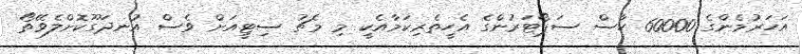
އަހަރުމެންގެ 60000 ހާސް ސަޕޯޓަރުންގެ އެހީތެރިކަމާއެކީ މި މެޗު ސިޓީއަށް ވެސް އުނދަގޫކޮށްލެވޭތޯ